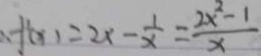
\therefore f ( x ) = 2 x - \frac { 1 } { x } = \frac { 2 x ^ { 2 } - 1 } { x }